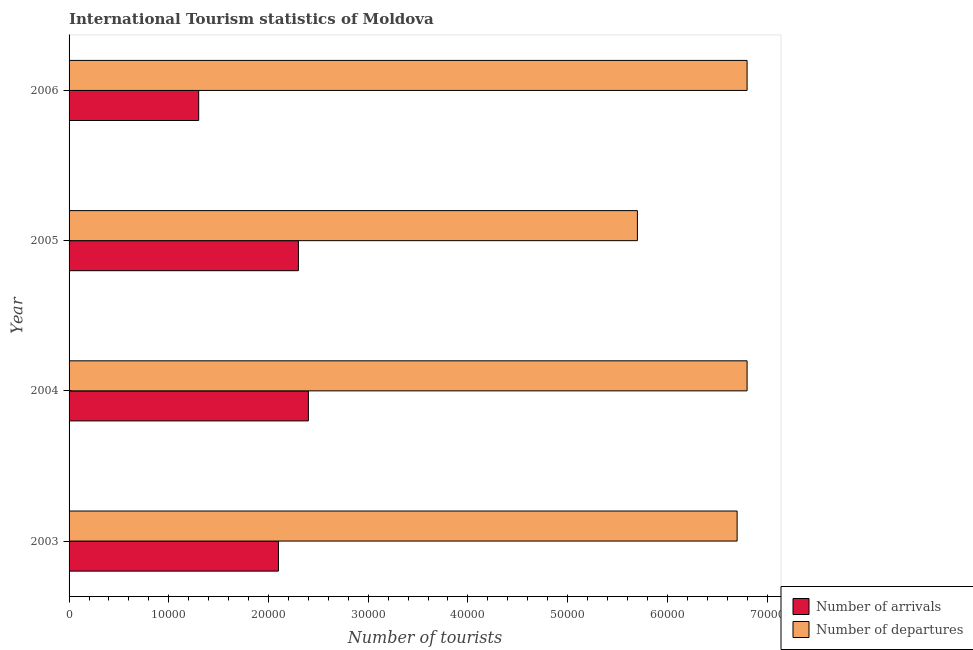
| Year | Number of arrivals | Number of departures |
 | --- | --- | --- |
 | 2003 | 2.1e+04 | 6.7e+04 |
 | 2004 | 2.4e+04 | 6.8e+04 |
 | 2005 | 2.3e+04 | 5.7e+04 |
 | 2006 | 1.3e+04 | 6.8e+04 |